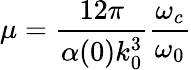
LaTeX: \mu=\frac{12\pi}{\alpha(0)k_{0}^{3}}\frac{\omega_{c}}{\omega_{0}}